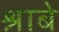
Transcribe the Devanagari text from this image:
श्राबे